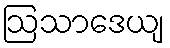
ဩသာဒေယျ